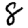
Digit: 8